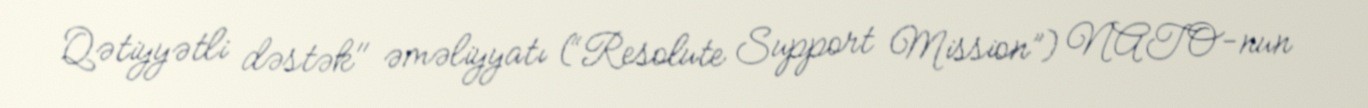
Qətiyyətli dəstək" əməliyyatı (“Resolute Support Mission”) NATO-nun